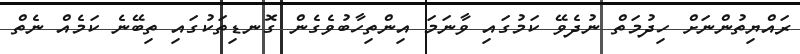
ރައްޔިތުންނަށް ހިދުމަތް ނުދެވޭ ކަމުގައި ވާނަމަ އިންތިހާބުވެގެން ގޮނޑިތަކުގައި ތިބޭނެ ކަމެއް ނެތް